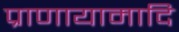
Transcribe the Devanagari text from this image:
प्राणायामादि